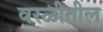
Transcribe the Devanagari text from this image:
वरळीतील